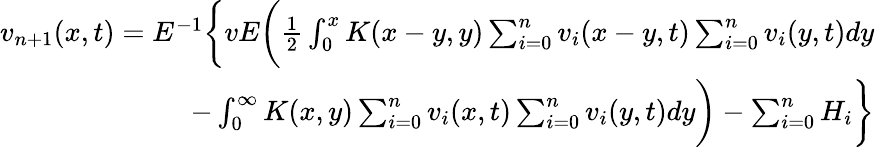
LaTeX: \begin{array}{r}{v_{n+1}(x,t)=E^{-1}\bigg\{ vE\bigg(\frac{1}{2}\int_{0}^{x}K(x-y,y)\sum_{i=0}^{n}v_{i}(x-y,t)\sum_{i=0}^{n}v_{i}(y,t)dy}\\ {-\int_{0}^{\infty}K(x,y)\sum_{i=0}^{n}v_{i}(x,t)\sum_{i=0}^{n}v_{i}(y,t)dy\bigg)-\sum_{i=0}^{n}H_{i}\bigg\} }\end{array}